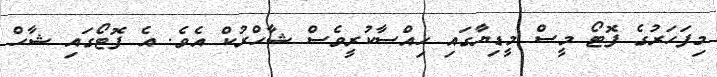
މިފަހަރުގެ ފޮޓޯ މީސް މީޑިޔާގައި ހިއްސާކުރީވެސް ޝާޙްރުކް އެވެ. އެ ފޮޓޯގައި ޝާޙް